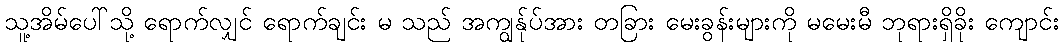
သူ့အိမ်ပေါ်သို့ ရောက်လျှင် ရောက်ချင်း မ သည် အကျွန်ုပ်အား တခြား မေးခွန်းများကို မမေးမီ ဘုရားရှိခိုး ကျောင်း